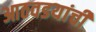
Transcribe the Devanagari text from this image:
आठवडयांची